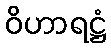
ဝိဟာရဋ္ဌံ